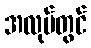
အလုပ်တွင်